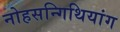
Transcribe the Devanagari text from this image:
नोहसन्गिथियांग